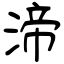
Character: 渧